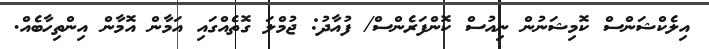
އިލެކްޝަންސް ކޮމިޝަނުން ނިއުސް ކޮންފަރެންސް/ ފުއާދު: ޖުމްލަ ގޮތެއްގައި އަމާން އޮމާން އިންތިހާބެއް.